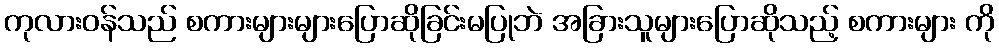
ကုလားဝန်သည် စကားများများပြောဆိုခြင်းမပြုဘဲ အခြားသူများပြောဆိုသည့် စကားများ ကို